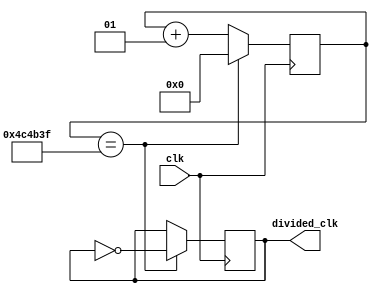
`timescale 1ns / 1ps

module one_s_clk(
input wire clk, //100MHZ
output reg divided_clk = 0 //10HZ
    );
   localparam div_value = 4999999; // 100 million / 5 million = 20 halfcycles = 10 hertz
    
   integer counter_value = 0; //32 bit reg bus
   
   always@ (posedge clk)
   begin
   if (counter_value == div_value)  //when the counter reaches 4999999
        begin
        counter_value <= 0;           //reset counter
        divided_clk <= ~divided_clk; //flip the clock
        end
   else
        begin
        counter_value <= counter_value+1; //increment counter by 1 for ever clock cycle
        divided_clk <= divided_clk;       //set value of divided clock equal to the current state
        end
   end 
endmodule